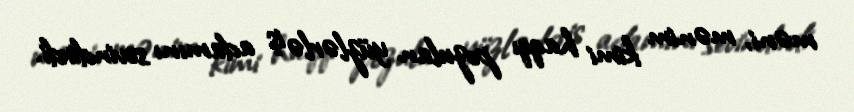
məni, mənim kimi haqqı pozulan yüzlərlə iş adamını sevindirdi.